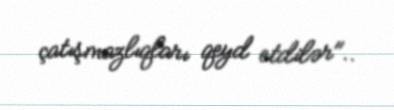
çatışmazlıqları qeyd etdilər"..